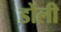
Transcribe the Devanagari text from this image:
डोंली